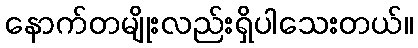
နောက်တမျိုးလည်းရှိပါသေးတယ်။